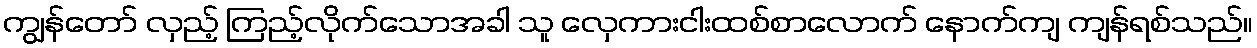
ကျွန်တော် လှည့် ကြည့်လိုက်သောအခါ သူ လှေကားငါးထစ်စာလောက် နောက်ကျ ကျန်ရစ်သည်။